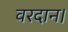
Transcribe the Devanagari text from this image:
वरदान।